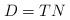
LaTeX: \begin{align*} D=TN\end{align*}